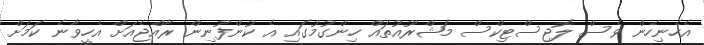
އެހެނިހެން ވެސް ލޮޖިސްޓިކްސް މަޝްރޫއުތައް ހިންގުމުގައި އެ ކުންފުނިން ރާއްޖެއަށް އެހީވާނެ ކަމަށް